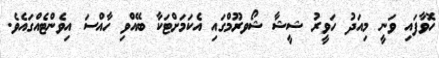
ހޮވާފައި ވަނީ މިއަދު ހަވީރު ޝީޝާ ޝޯވރޫމްގައި އެކަމަށްޓަކާ ބޭއްވި ހާއްސަ އިވެންޓެއްގައެވެ.